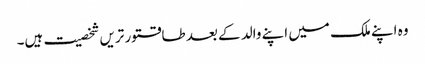
وہ اپنے ملک میں اپنے والد کے بعد طاقتور تریں شخصیت ہیں۔